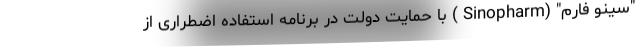
"سینو فارم" (Sinopharm ) با حمایت دولت در برنامه استفاده اضطراری از